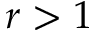
r > 1